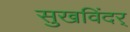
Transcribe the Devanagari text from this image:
सुखविंदर्